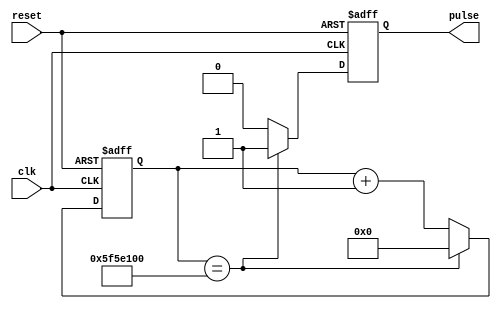
module GrayCounter_Pulse(clk, reset, pulse);
input wire clk, reset;
output reg pulse;

parameter distance = 100000000;// How much for 1 Hz when clk period is 10 ns? ==>  (10^8) 10 million cc
reg [26:0]counter;

always @(posedge clk or posedge reset) begin
	if (reset == 1'b1) begin
		// Your code for asynchronous reset goes here
		counter <= 27'd0; 	//reset counter
		pulse 	<= 1'b0;		//reset pulse
	end
	else begin
			// and for regular functionality goes here
			if (counter == distance) begin		//on the 10millionth cycle make pulse 1 and reset counter
				pulse 	<= 1'b1;
				counter <= 27'd0;
			end
			else begin							//keep it at 0 otherwise nad increase counter
				pulse 	<= 1'b0;
				counter <= counter + 1;
			end
	end
end

endmodule